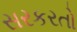
સરકરતો